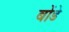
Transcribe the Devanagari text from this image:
बोंडे